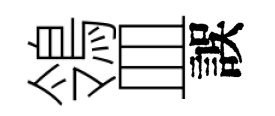
鴒皿誤